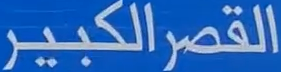
القصر الكبير